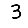
Digit: 3